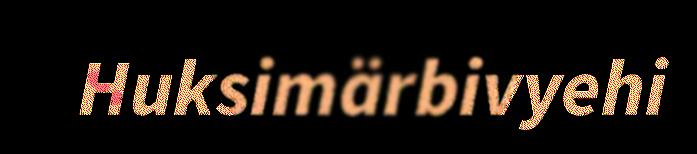
Huksimärbivyehi